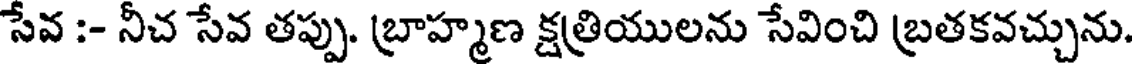
సేవ :- నీచ సేవ తప్పు. బ్రాహ్మణ క్షత్రియులను సేవించి బ్రతకవచ్చును.